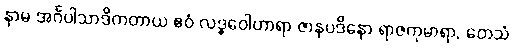
နာမ အင်္ဂပါသာဒိကတာယ ဧဝံ လဒ္ဓဝေါဟာရာ ဇာနပဒိနော ရာဇကုမာရာ, တေသံ